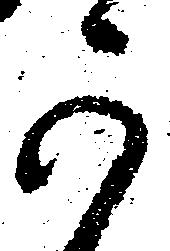
可